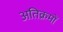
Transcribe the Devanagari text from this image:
अतिक्रमों